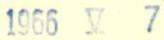
1966 V 7